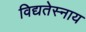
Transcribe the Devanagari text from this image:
विद्यतेस्नाय